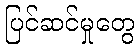
ပြင်ဆင်မှုတွေ